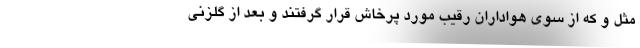
مثل و که از سوی هواداران رقیب مورد پرخاش قرار گرفتند و بعد از گلزنی